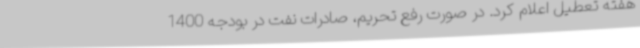
هفته تعطیل اعلام کرد. در صورت رفع تحریم، صادرات نفت در بودجه 1400